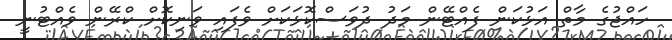
ހައްޖުގެ މާތް އަޅުކަން ފެއްޓޭން މަދު ދުވަސްކޮޅަކަށް ވެފައި ވަނިކޮށް ކްރޭން ވެއްޓުނީ